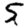
Digit: 5